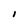
Character: I